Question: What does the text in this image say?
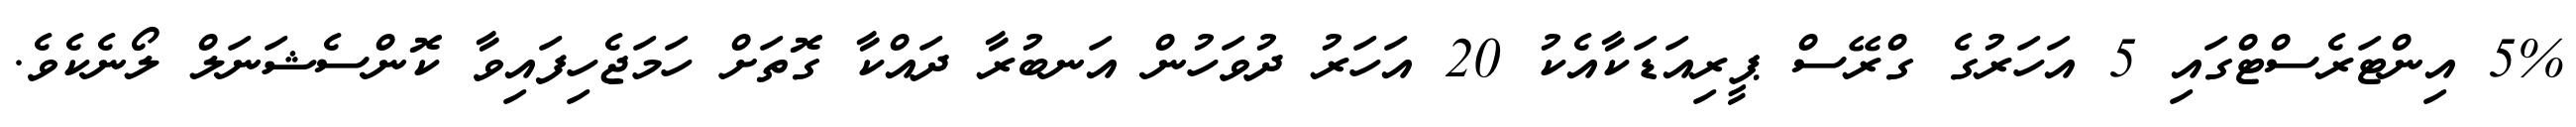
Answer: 5% އިންޓަރެސްޓްގައި 5 އަހަރުގެ ގްރޭސް ޕީރިއަޑަކާއެކު 20 އަހަރު ދުވަހުން އަނބުރާ ދައްކާ ގޮތަށް ހަމަޖެހިފައިވާ ކޮންސެޝަނަލް ލޯނެކެވެ.